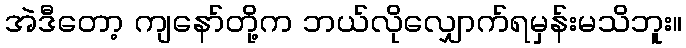
အဲဒီတော့ ကျနော်တို့က ဘယ်လိုလျှောက်ရမှန်းမသိဘူး။